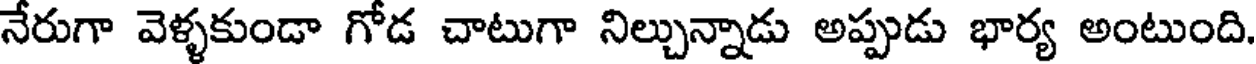
నేరుగా వెళ్ళకుండా గోడ చాటుగా నిల్చున్నాడు అప్పుడు భార్య అంటుంది